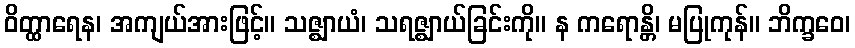
ဝိတ္ထာရေန၊ အကျယ်အားဖြင့်။ သဇ္ဈာယံ၊ သရဇ္ဈာယ်ခြင်းကို။ န ကရောန္တိ၊ မပြုကုန်။ ဘိက္ခဝေ၊